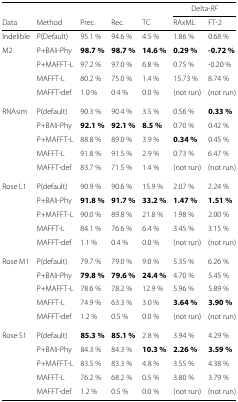
<table><thead><tr><td></td><td></td><td></td><td></td><td></td><td colspan="2"><b>Delta-<i>RF</i></b></td></tr><tr><td><b>Data</b></td><td><b>Method</b></td><td><b>Prec.</b></td><td><b>Rec.</b></td><td><b>TC</b></td><td><b>RAxML</b></td><td><b>FT-2</b></td></tr></thead><tbody><tr><td>Indelible</td><td>P(Default)</td><td>95.1 %</td><td>94.6 %</td><td>4.5 %</td><td>1.86 %</td><td>0.68 %</td></tr><tr><td>M2</td><td>P+BAli-Phy</td><td><b>98.7 %</b></td><td><b>98.7 %</b></td><td><b>14.6 %</b></td><td><b>0.29 %</b></td><td><b>-0.72 %</b></td></tr><tr><td></td><td>P+MAFFT-L</td><td>97.2 %</td><td>97.0 %</td><td>6.8 %</td><td>0.75 %</td><td>-0.20 %</td></tr><tr><td></td><td>MAFFT-L</td><td>80.2 %</td><td>75.0 %</td><td>1.4 %</td><td>15.73 %</td><td>8.74 %</td></tr><tr><td></td><td>MAFFT-def</td><td>1.0 %</td><td>0.4 %</td><td>0.0 %</td><td>(not run)</td><td>(not run)</td></tr><tr><td>RNAsim</td><td>P(default)</td><td>90.3 %</td><td>90.4 %</td><td>3.5 %</td><td>0.56 %</td><td><b>0.33 %</b></td></tr><tr><td></td><td>P+BAli-Phy</td><td><b>92.1 %</b></td><td><b>92.1 %</b></td><td><b>8.5 %</b></td><td>0.70 %</td><td>0.42 %</td></tr><tr><td></td><td>P+MAFFT-L</td><td>88.8 %</td><td>89.0 %</td><td>3.9 %</td><td><b>0.34 %</b></td><td>0.45 %</td></tr><tr><td></td><td>MAFFT-L</td><td>91.8 %</td><td>91.5 %</td><td>2.9 %</td><td>0.73 %</td><td>6.47 %</td></tr><tr><td></td><td>MAFFT-def</td><td>83.7 %</td><td>71.5 %</td><td>1.4 %</td><td>(not run)</td><td>(not run)</td></tr><tr><td>Rose L1</td><td>P(default)</td><td>90.9 %</td><td>90.6 %</td><td>15.9 %</td><td>2.07 %</td><td>2.24 %</td></tr><tr><td></td><td>P+BAli-Phy</td><td><b>91.8 %</b></td><td><b>91.7 %</b></td><td><b>33.2 %</b></td><td><b>1.47 %</b></td><td><b>1.51 %</b></td></tr><tr><td></td><td>P+MAFFT-L</td><td>90.0 %</td><td>89.8 %</td><td>21.8 %</td><td>1.98 %</td><td>2.00 %</td></tr><tr><td></td><td>MAFFT-L</td><td>84.1 %</td><td>76.6 %</td><td>6.4 %</td><td>3.45 %</td><td>3.15 %</td></tr><tr><td></td><td>MAFFT-def</td><td>1.1 %</td><td>0.4 %</td><td>0.0 %</td><td>(not run)</td><td>(not run)</td></tr><tr><td>Rose M1</td><td>P(default)</td><td>79.7 %</td><td>79.0 %</td><td>9.0 %</td><td>5.35 %</td><td>6.26 %</td></tr><tr><td></td><td>P+BAli-Phy</td><td><b>79.8 %</b></td><td><b>79.6 %</b></td><td><b>24.4 %</b></td><td>4.70 %</td><td>5.45 %</td></tr><tr><td></td><td>P+MAFFT-L</td><td>78.6 %</td><td>78.2 %</td><td>12.9 %</td><td>5.96 %</td><td>5.89 %</td></tr><tr><td></td><td>MAFFT-L</td><td>74.9 %</td><td>63.3 %</td><td>3.0 %</td><td><b>3.64 %</b></td><td><b>3.90 %</b></td></tr><tr><td></td><td>MAFFT-def</td><td>1.2 %</td><td>0.5 %</td><td>0.0 %</td><td>(not run)</td><td>(not run)</td></tr><tr><td>Rose S1</td><td>P(default)</td><td><b>85.3 %</b></td><td><b>85.1 %</b></td><td>2.8 %</td><td>3.94 %</td><td>4.29 %</td></tr><tr><td></td><td>P+BAli-Phy</td><td>84.3 %</td><td>84.3 %</td><td><b>10.3 %</b></td><td><b>2.26 %</b></td><td><b>3.59 %</b></td></tr><tr><td></td><td>P+MAFFT-L</td><td>83.5 %</td><td>83.3 %</td><td>4.8 %</td><td>3.55 %</td><td>4.38 %</td></tr><tr><td></td><td>MAFFT-L</td><td>76.2 %</td><td>68.2 %</td><td>0.5 %</td><td>3.80 %</td><td>3.79 %</td></tr><tr><td></td><td>MAFFT-def</td><td>1.2 %</td><td>0.5 %</td><td>0.0 %</td><td>(not run)</td><td>(not run)</td></tr></tbody></table>